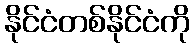
နိုင်ငံတစ်နိုင်ငံကို